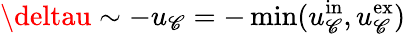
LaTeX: \deltau\sim-u_{\mathscr{C}}=-\operatorname*{min}(u_{\mathscr{C}}^{\mathrm{{in}}},u_{\mathscr{C}}^{\mathrm{{ex}}})